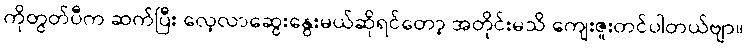
ကိုတွတ်ပီက ဆက်ပြီး လေ့လာဆွေးနွေးမယ်ဆိုရင်တော့ အတိုင်းမသိ ကျေးဇူးတင်ပါတယ်ဗျာ။